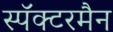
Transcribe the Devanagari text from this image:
स्पॅक्टरमैन